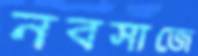
নবসাজে